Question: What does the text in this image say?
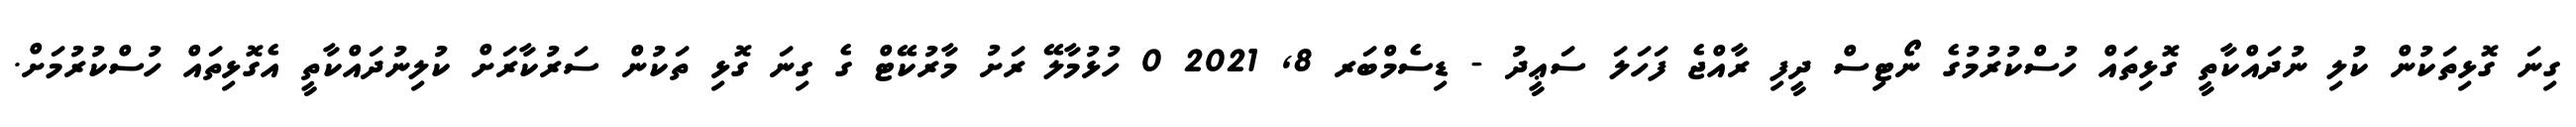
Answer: ގިނަ ގޮޅިތަކުން ކުލި ނުދައްކާތީ ގޮޅިތައް ހުސްކުރުމުގެ ނޯޓިސް ދީފި ރާއްޖެ ފަހަލަ ސަޢީދު - ޑިސެމްބަރ 8, 2021 0 ހުޅުމާލޭ ރަށު މާރުކޭޓް ގެ ގިނަ ގޮޅި ތަކުން ސަރުކާރަށް ކުލިނުދައްކާތީ އެގޮޅިތައް ހުސްކުރުމަށް.